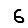
Digit: 6